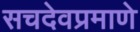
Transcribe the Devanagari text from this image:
सचदेवप्रमाणे